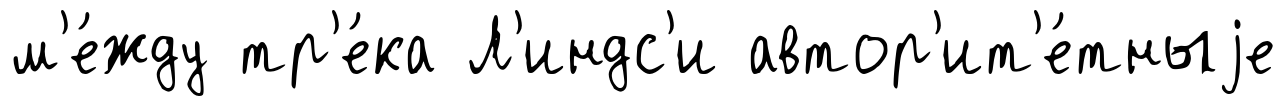
м'е́жду тр'е́ка Л'индс'и автор'ит'е́тныjе